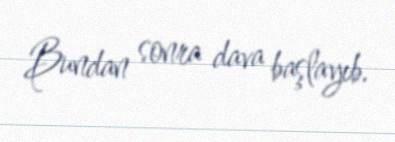
Bundan sonra dava başlayıb.